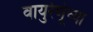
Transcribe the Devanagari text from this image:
वायुरेणूंच्या